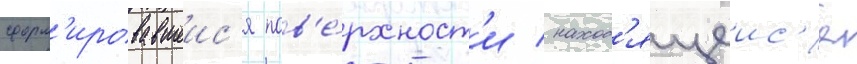
сформ'ировавшеис'я пов'е́рхност'и / наход'ящеис'я